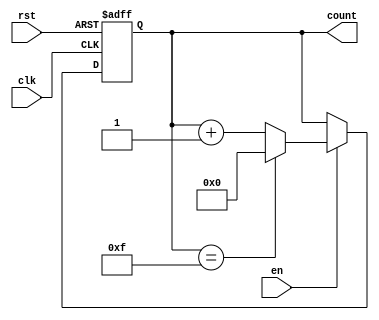
module MemoryBlocksUpCounter #(
    parameter INITIAL_VALUE = 4'b0000,  // Initial value of the counter
    parameter MAX_VALUE = 4'b1111        // Maximum value of the counter
)(
    input wire clk,                      // Clock signal
    input wire rst,                      // Reset signal
    input wire en,                       // Enable signal
    output reg [3:0] count               // Current count value (4-bit)
);

    // Always block for synchronous operation
    always @(posedge clk or posedge rst) begin
        if (rst) begin
            // Reset the counter to the initial value
            count <= INITIAL_VALUE;
        end else if (en) begin
            // Increment the counter if enabled
            if (count == MAX_VALUE) begin
                // Wrap around to the initial value if max is reached
                count <= INITIAL_VALUE;
            end else begin
                // Increment the count
                count <= count + 1;
            end
        end
    end

endmodule